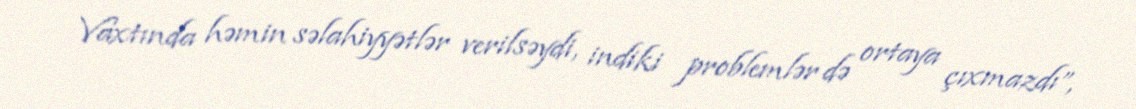
Vaxtında həmin səlahiyyətlər verilsəydi, indiki problemlər də ortaya çıxmazdı”,